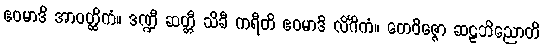
ဧဝမာဒိ အာဝတ္ထိကံ။ ဒဏ္ဍီ ဆတ္တီ သိခီ ကရီတိ ဧဝမာဒိ လိင်္ဂိကံ။ တေဝိဇ္ဇော ဆဠဘိညောတိ